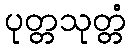
ပုတ္တသုတ္တံ